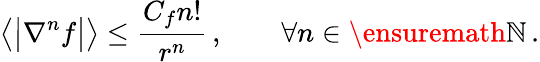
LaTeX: \big\langle\bigl|\nabla^{n}f\bigr|\big\rangle\leq\frac{C_{f}n!}{r^{n}}\, ,\qquad\forall n\in\ensuremath{\mathbb{N}}\, .